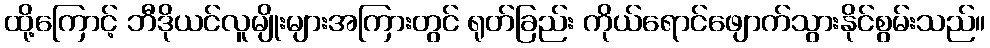
ထို့ကြောင့် ဘီဒိုယင်လူမျိုးများအကြားတွင် ရုတ်ခြည်း ကိုယ်ရောင်ဖျောက်သွားနိုင်စွမ်းသည်။